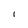
Character: I